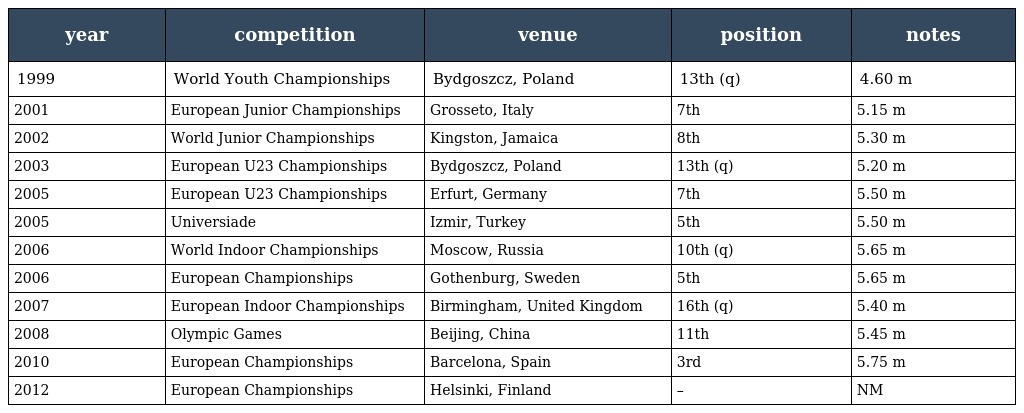
| year | competition | venue | position | notes |
 | --- | --- | --- | --- | --- |
 | 1999 | World Youth Championships | Bydgoszcz, Poland | 13th (q) | 4.60 m |
 | 2001 | European Junior Championships | Grosseto, Italy | 7th | 5.15 m |
 | 2002 | World Junior Championships | Kingston, Jamaica | 8th | 5.30 m |
 | 2003 | European U23 Championships | Bydgoszcz, Poland | 13th (q) | 5.20 m |
 | 2005 | European U23 Championships | Erfurt, Germany | 7th | 5.50 m |
 | 2005 | Universiade | Izmir, Turkey | 5th | 5.50 m |
 | 2006 | World Indoor Championships | Moscow, Russia | 10th (q) | 5.65 m |
 | 2006 | European Championships | Gothenburg, Sweden | 5th | 5.65 m |
 | 2007 | European Indoor Championships | Birmingham, United Kingdom | 16th (q) | 5.40 m |
 | 2008 | Olympic Games | Beijing, China | 11th | 5.45 m |
 | 2010 | European Championships | Barcelona, Spain | 3rd | 5.75 m |
 | 2012 | European Championships | Helsinki, Finland | – | NM |